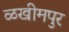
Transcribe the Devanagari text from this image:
ळखीमपुर